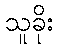
သူခိုး